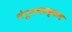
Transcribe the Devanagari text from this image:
गेरूगमबक्कम